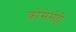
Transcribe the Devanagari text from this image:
कोसेर्सही